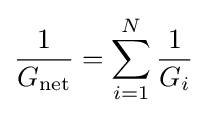
{1 \over G_{\mathrm {net} }}=\sum _{i=1}^{N}{1 \over G_{i}}\,\!